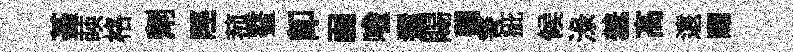
䑓𦴤格劑陘菰鳌即弱喩還賜觀警疵候渌羞髙遠賜